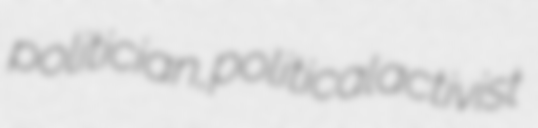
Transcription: politician, political activist